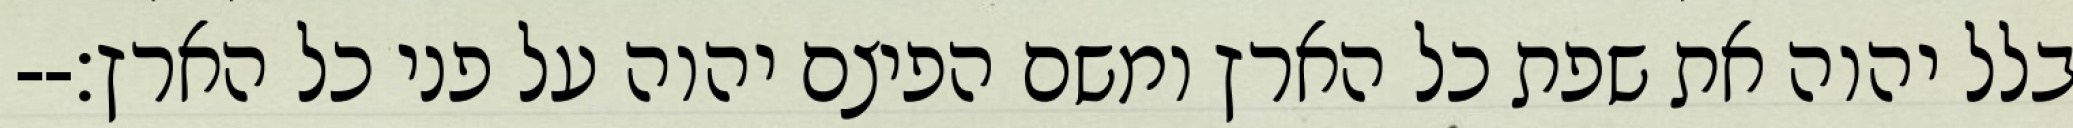
בלל יהוה את שפת כל הארץ ומשם הפיצם יהוה על פני כל הארץ׃--